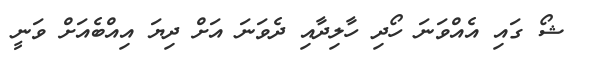
ޝޯ ގައި އެއްވަނަ ހޯދި ހާލިދާއި ދެވަނަ އަށް ދިޔަ އިއްބެއަށް ވަނީ